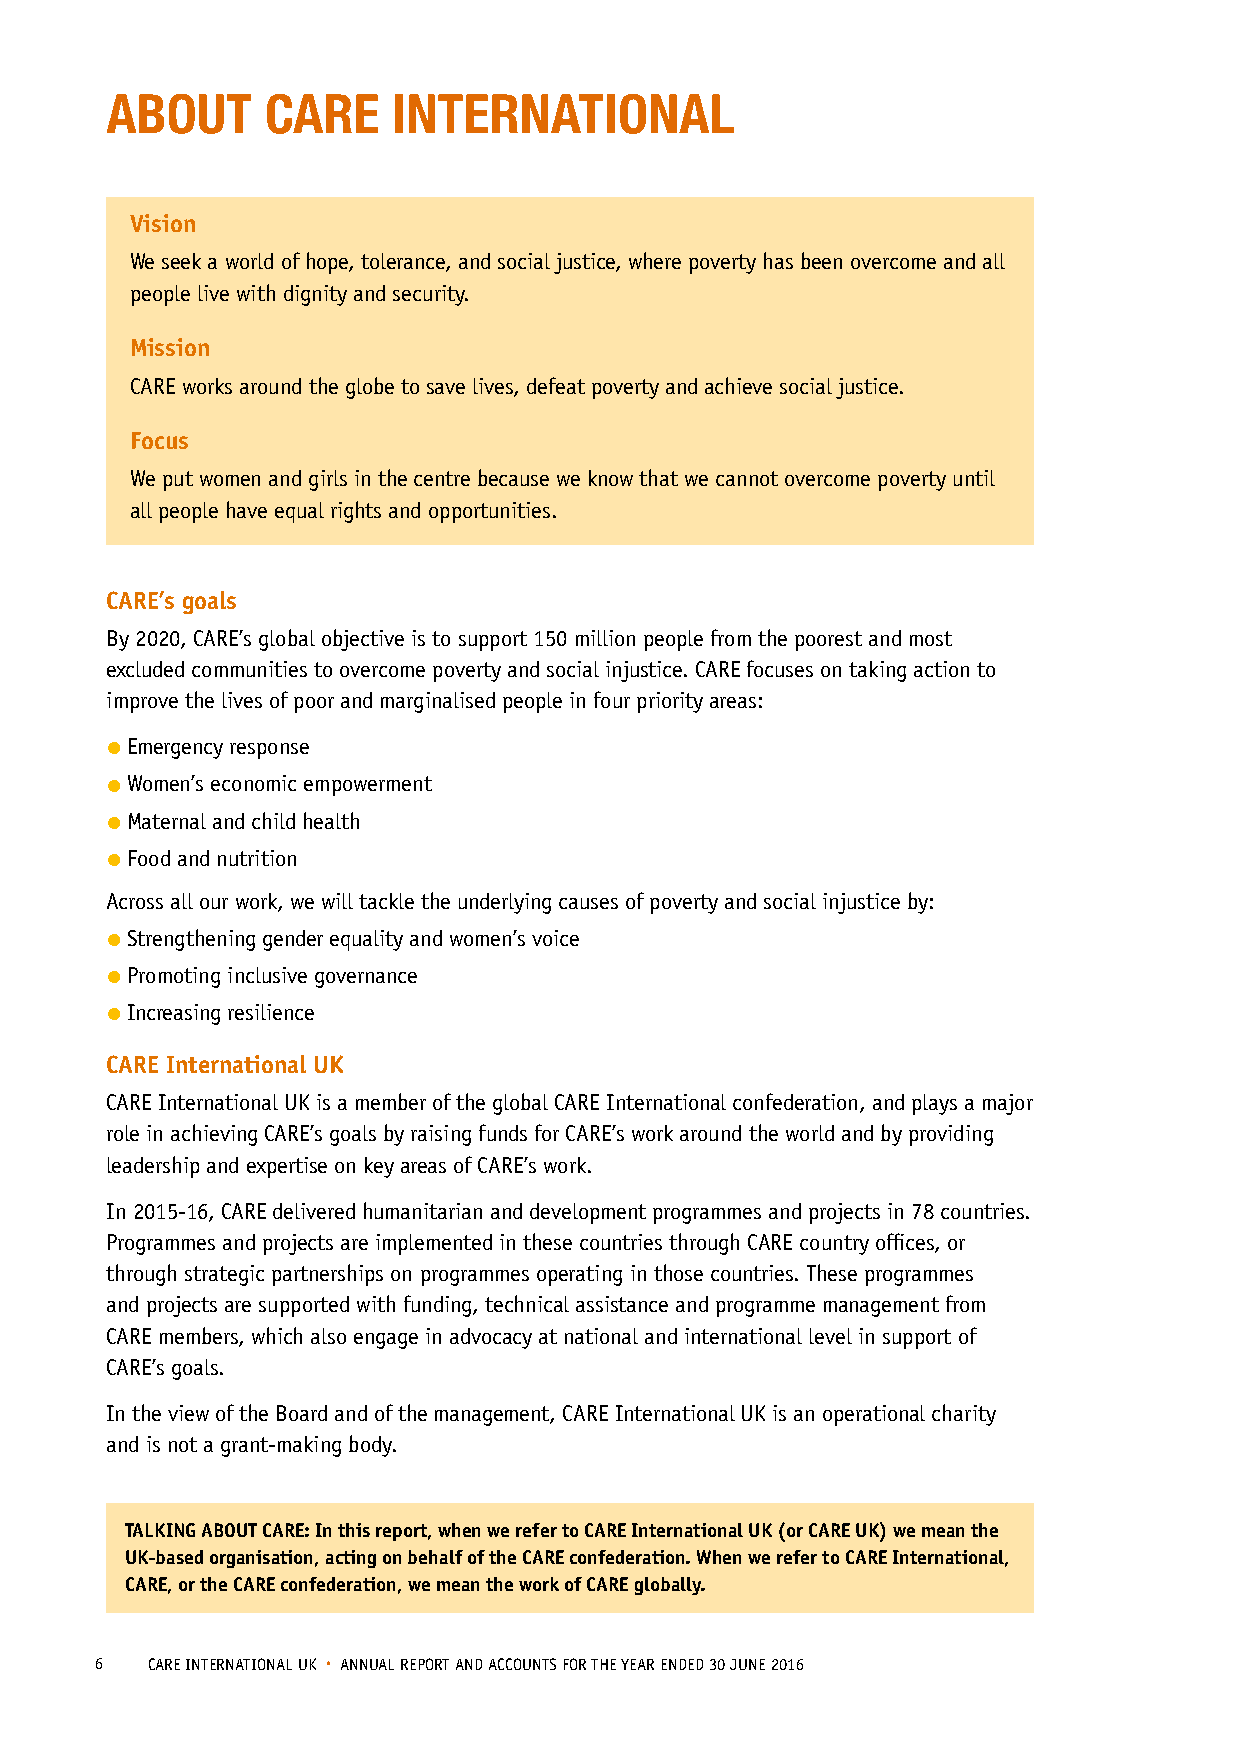
ABOUT      CARE    INTERNATIONAL
 Vision
 We seek a world of hope, tolerance, and social justice, where poverty has been overcome and all
 people live with dignity and security.
 Mission
 CARE works around the globe to save lives, defeat poverty and achieve social justice.
 Focus
 We put women and girls in the centre because we know that we cannot overcome poverty until
 all people have equal rights and opportunities.
 CARE’s goals
 By 2020, CARE’s global objective is to support 150 million people from the poorest and most
 excluded communities to overcome poverty and social injustice. CARE focuses on taking action to
 improve the lives of poor and marginalised people in four priority areas:
 • Emergency response
 • Women’s economic empowerment
 • Maternal and child health
 • Food and nutrition
 Across all our work, we will tackle the underlying causes of poverty and social injustice by:
 • Strengthening gender equality and women’s voice
 • Promoting inclusive governance
 • Increasing resilience
 CARE International UK
 CARE International UK is a member of the global CARE International confederation, and plays a major
 role in achieving CARE’s goals by raising funds for CARE’s work around the world and by providing
 leadership and expertise on key areas of CARE’s work.
 In 2015-16, CARE delivered humanitarian and development programmes and projects in 78 countries.
 Programmes and projects are implemented in these countries through CARE country offices, or
 through strategic partnerships on programmes operating in those countries. These programmes
 and projects are supported with funding, technical assistance and programme management from
 CARE members, which also engage in advocacy at national and international level in support of
 CARE’s goals.
 In the view of the Board and of the management, CARE International UK is an operational charity
 and is not a grant-making body.
 TALKING ABOUT CARE: In this report, when we refer to CARE International UK (or CARE UK) we mean the
 UK-based organisation, acting on behalf of the CARE confederation. When we refer to CARE International,
 CARE, or the CARE confederation, we mean the work of CARE globally.
 6   CARE INTERNATIONAL UK • ANNUAL REPORT AND ACCOUNTS FOR THE YEAR ENDED 30 JUNE 2016